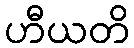
ဟီယတိ